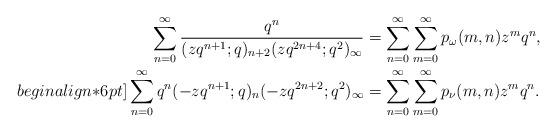
LaTeX: \begin{align*}\sum_{n=0}^{\infty} \frac{q^{n}}{(zq^{n+1};q)_{n+2} (zq^{2n+4};q^2)_{\infty}}&=\sum_{n=0}^{\infty}\sum_{m=0}^{\infty}p_{\omega}(m,n)z^mq^n, \\begin{align*}6pt]\sum_{n=0}^{\infty} q^{n}(-zq^{n+1};q)_{n} (-zq^{2n+2};q^2)_{\infty}&=\sum_{n=0}^{\infty}\sum_{m=0}^{\infty}p_{\nu}(m,n)z^mq^n.\end{align*}